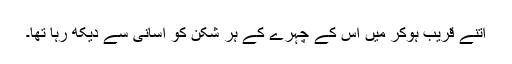
اتنے قریب ہوکر میں اس کے چہرے کے ہر شکن کو آسانی سے دیکھ رہا تھا۔